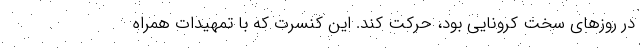
در روزهای سخت کرونایی بود، حرکت کند. این کنسرت که با تمهیدات همراه